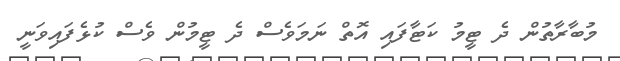
މުބާރާތުން ދެ ޓީމު ކަޓާފައި އޮތް ނަމަވެސް ދެ ޓީމުން ވެސް ކުޅެފައިވަނީ